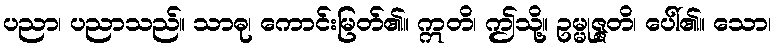
ပညာ၊ ပညာသည်။ သာဓု၊ ကောင်းမြတ်၏။ ဣတိ၊ ဤသို့။ ဥမ္မုဇ္ဇတိ၊ ပေါ်၏။ သော၊